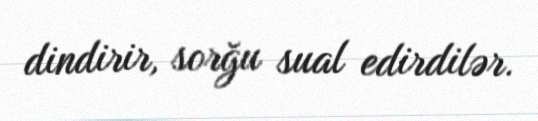
dindirir, sorğu sual edirdilər.